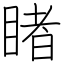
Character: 睹